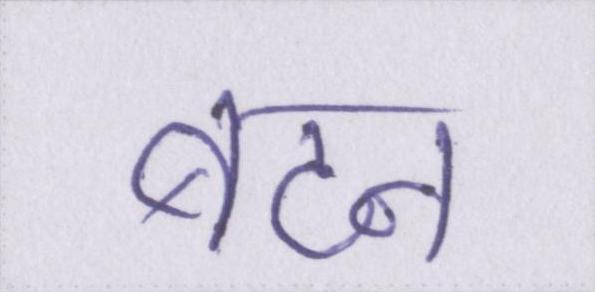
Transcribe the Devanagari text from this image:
बटन